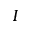
I